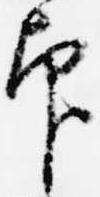
印